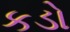
કડો